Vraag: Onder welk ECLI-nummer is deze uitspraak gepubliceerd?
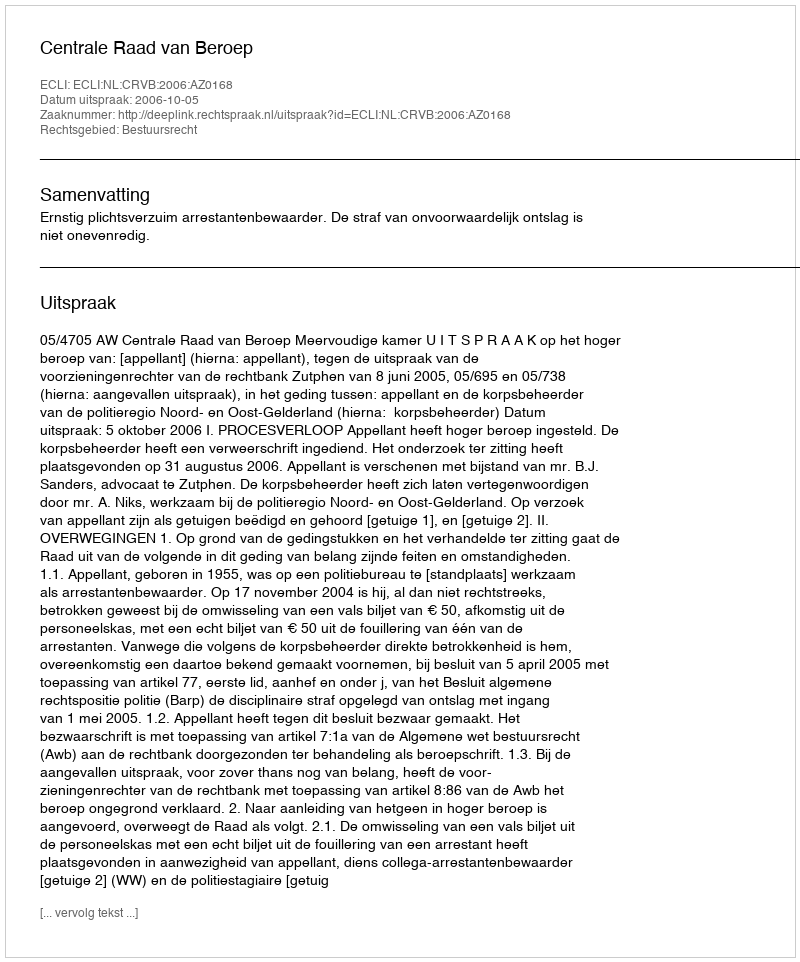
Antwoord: ECLI:NL:CRVB:2006:AZ0168